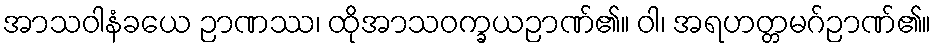
အာသဝါနံခယေ ဉာဏဿ၊ ထိုအာသဝက္ခယဉာဏ်၏။ ဝါ၊ အရဟတ္တမဂ်ဉာဏ်၏။